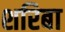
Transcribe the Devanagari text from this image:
शरिबा